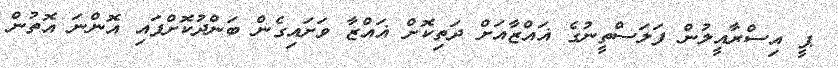
ޕީ އިސްރާއީލުން ފަލަސްތީނުގެ ޣައްޒާއަށް ދަތިކޮށް ޣައްޒާ ވަށައިގެން ބަންދުކޮށްފައި އޮންނަ އޮތުން